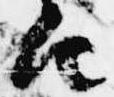
由